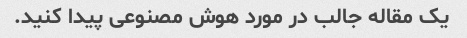
یک مقاله جالب در مورد هوش مصنوعی پیدا کنید.